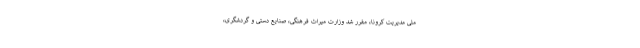
ملی مدیریت کرونا، مقرر شد وزارت میراث فرهنگی، صنایع دستی و گردشگری،